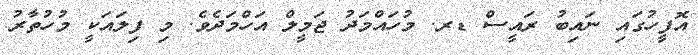
އޮފީހުގައި ނައިބު ރައީސް ޑރ. މުހައްމަދު ޖަމީލް އަހްމަދެވެ. މި ފިލައަކީ މުހުތާރު